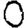
Digit: 0